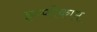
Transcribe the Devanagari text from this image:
इन्फोकाम